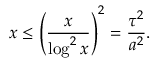
x \leq \left( \frac { x } { \log ^ { 2 } x } \right) ^ { 2 } = \frac { \tau ^ { 2 } } { a ^ { 2 } } .